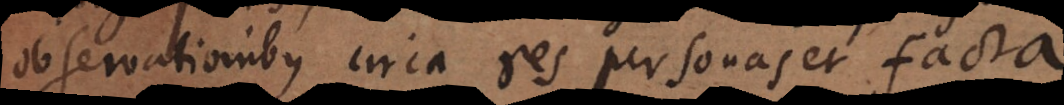
observationibus circa res personas et facta